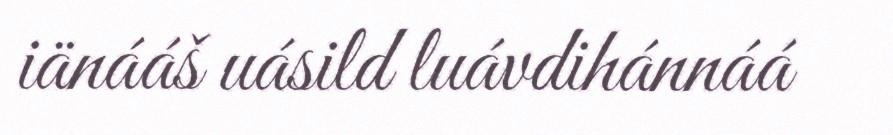
iänááš uásild luávdihánnáá